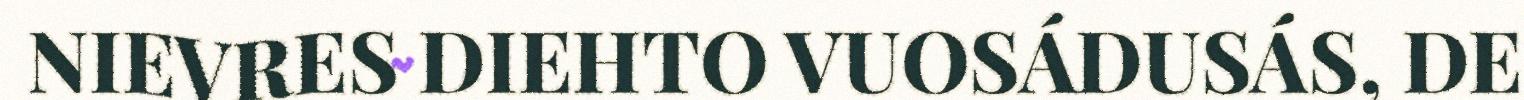
NIEVRES DIEHTO VUOSÁDUSÁS, DE